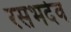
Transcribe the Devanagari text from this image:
रसभदेव